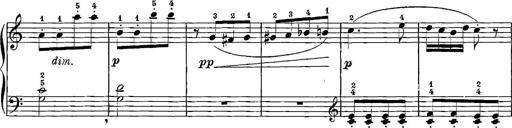
Title: 12 Sonatinas
Composer: Ignaz Pleyel